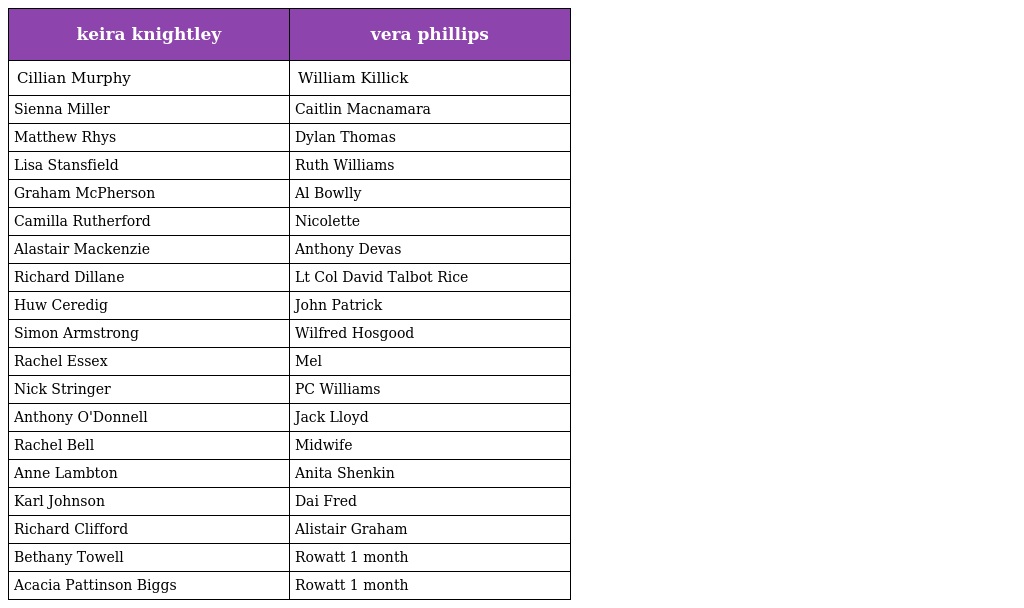
| keira knightley | vera phillips |
 | --- | --- |
 | Cillian Murphy | William Killick |
 | Sienna Miller | Caitlin Macnamara |
 | Matthew Rhys | Dylan Thomas |
 | Lisa Stansfield | Ruth Williams |
 | Graham McPherson | Al Bowlly |
 | Camilla Rutherford | Nicolette |
 | Alastair Mackenzie | Anthony Devas |
 | Richard Dillane | Lt Col David Talbot Rice |
 | Huw Ceredig | John Patrick |
 | Simon Armstrong | Wilfred Hosgood |
 | Rachel Essex | Mel |
 | Nick Stringer | PC Williams |
 | Anthony O'Donnell | Jack Lloyd |
 | Rachel Bell | Midwife |
 | Anne Lambton | Anita Shenkin |
 | Karl Johnson | Dai Fred |
 | Richard Clifford | Alistair Graham |
 | Bethany Towell | Rowatt 1 month |
 | Acacia Pattinson Biggs | Rowatt 1 month |